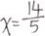
x = \frac { 1 4 } { 5 }